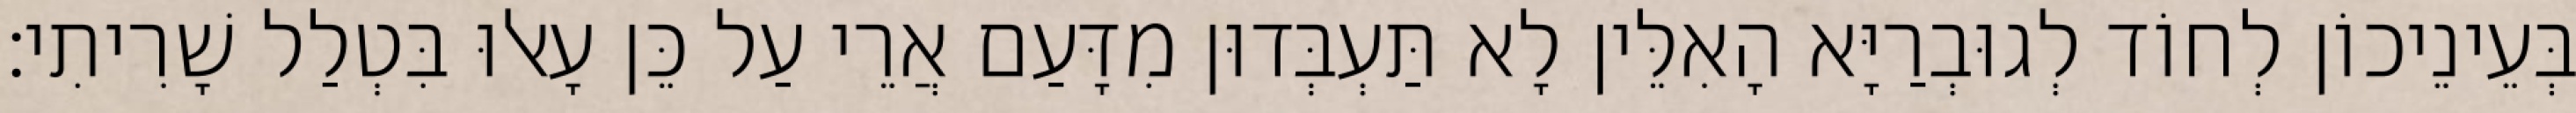
בְּעֵינֵיכוֹן לְחוֹד לְגוּבְרַיָּא הָאִלֵּין לָא תַּעְבְּדוּן מִדָּעַם אֲרֵי עַל כֵּן עָאלוּ בִּטְלַל שָׁרִיתִי׃